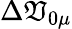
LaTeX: \Delta\mathfrak{V}_{0\mu}